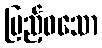
ပြည့်ဝသော